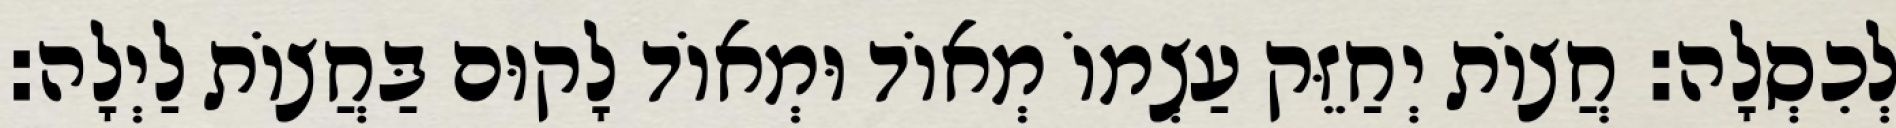
לְכִסְלָה: חֲצוֹת יְחַזֵּק עַצְמוֹ מְאוֹד וּמְאוֹד לָקוּם בַּחֲצוֹת לַיְלָה: